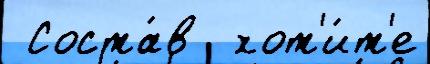
 Соста́в  хот'и́т'е